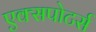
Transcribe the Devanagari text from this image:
एक्सपोटर्स